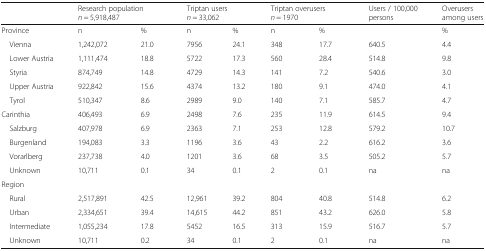
<table><thead><tr><td></td><td colspan="2"><b>Research population<i>n</i> = 5,918,487</b></td><td colspan="2"><b>Triptan users<i>n</i> = 33,062</b></td><td colspan="2"><b>Triptan overusers<i>n</i> = 1970</b></td><td><b>Users / 100,000 persons</b></td><td><b>Overusers among users</b></td></tr></thead><tbody><tr><td>Province</td><td>n</td><td>%</td><td>n</td><td>%</td><td>n</td><td>%</td><td></td><td>%</td></tr><tr><td> Vienna</td><td>1,242,072</td><td>21.0</td><td>7956</td><td>24.1</td><td>348</td><td>17.7</td><td>640.5</td><td>4.4</td></tr><tr><td> Lower Austria</td><td>1,111,474</td><td>18.8</td><td>5722</td><td>17.3</td><td>560</td><td>28.4</td><td>514.8</td><td>9.8</td></tr><tr><td> Styria</td><td>874,749</td><td>14.8</td><td>4729</td><td>14.3</td><td>141</td><td>7.2</td><td>540.6</td><td>3.0</td></tr><tr><td> Upper Austria</td><td>922,842</td><td>15.6</td><td>4374</td><td>13.2</td><td>180</td><td>9.1</td><td>474.0</td><td>4.1</td></tr><tr><td> Tyrol</td><td>510,347</td><td>8.6</td><td>2989</td><td>9.0</td><td>140</td><td>7.1</td><td>585.7</td><td>4.7</td></tr><tr><td>Carinthia</td><td>406,493</td><td>6.9</td><td>2498</td><td>7.6</td><td>235</td><td>11.9</td><td>614.5</td><td>9.4</td></tr><tr><td> Salzburg</td><td>407,978</td><td>6.9</td><td>2363</td><td>7.1</td><td>253</td><td>12.8</td><td>579.2</td><td>10.7</td></tr><tr><td> Burgenland</td><td>194,083</td><td>3.3</td><td>1196</td><td>3.6</td><td>43</td><td>2.2</td><td>616.2</td><td>3.6</td></tr><tr><td> Vorarlberg</td><td>237,738</td><td>4.0</td><td>1201</td><td>3.6</td><td>68</td><td>3.5</td><td>505.2</td><td>5.7</td></tr><tr><td> Unknown</td><td>10,711</td><td>0.1</td><td>34</td><td>0.1</td><td>2</td><td>0.1</td><td>na</td><td>na</td></tr><tr><td colspan="9">Region</td></tr><tr><td> Rural</td><td>2,517,891</td><td>42.5</td><td>12,961</td><td>39.2</td><td>804</td><td>40.8</td><td>514.8</td><td>6.2</td></tr><tr><td> Urban</td><td>2,334,651</td><td>39.4</td><td>14,615</td><td>44.2</td><td>851</td><td>43.2</td><td>626.0</td><td>5.8</td></tr><tr><td> Intermediate</td><td>1,055,234</td><td>17.8</td><td>5452</td><td>16.5</td><td>313</td><td>15.9</td><td>516.7</td><td>5.7</td></tr><tr><td> Unknown</td><td>10,711</td><td>0.2</td><td>34</td><td>0.1</td><td>2</td><td>0.1</td><td>na</td><td>na</td></tr></tbody></table>